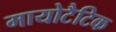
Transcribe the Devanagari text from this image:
मायोटैटिक